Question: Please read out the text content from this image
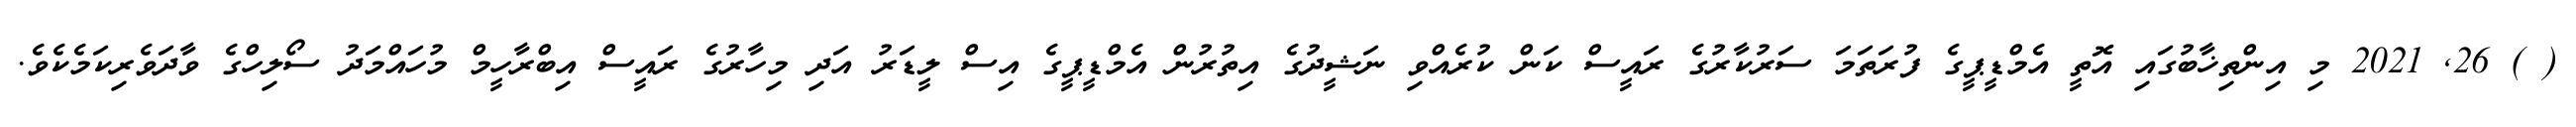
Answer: ( ) 26, 2021 މި އިންތިޚާބުގައި އޮތީ އެމްޑީޕީގެ ފުރަތަމަ ސަރުކާރުގެ ރައީސް ކަން ކުރެއްވި ނަޝީދުގެ އިތުރުން އެމްޑީޕީގެ އިސް ލީޑަރު އަދި މިހާރުގެ ރައީސް އިބްރާހީމް މުހައްމަދު ސޯލިހްގެ ވާދަވެރިކަމެކެވެ.